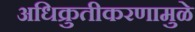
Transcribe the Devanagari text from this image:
अधिक्रुतीकरणामुळे